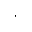
\cdot